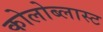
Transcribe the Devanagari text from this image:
कोलोब्लास्ट